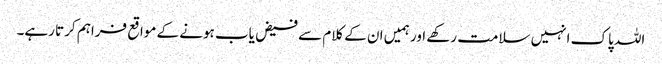
اللہ پاک انہیں سلامت رکھے اور ہمیں ان کے کلام سے فیض یاب ہونے کے مواقع فراہم کرتا رہے۔